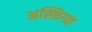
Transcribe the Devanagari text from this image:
अस्थिगत